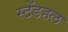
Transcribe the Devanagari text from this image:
स्टेंडहल